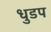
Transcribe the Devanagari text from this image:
धुडप